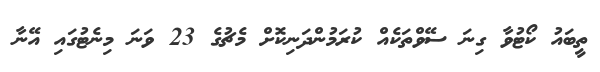
ތީބައު ކޯޓުވާ ގިނަ ސޭވްތަކެއް ކުރަމުންދަނިކޮށް މެޗުގެ 23 ވަނަ މިނެޓުގައި އޭނާ